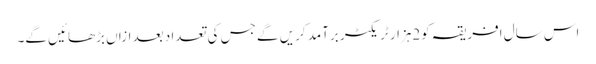
اس سال افریقہ کو2ہزار ٹریکٹر برآمد کریں گے جس کی تعداد بعد ازاں بڑھائیں گے۔